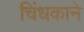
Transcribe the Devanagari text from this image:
चिंधकाने